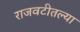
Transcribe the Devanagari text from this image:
राजवटीतल्या